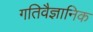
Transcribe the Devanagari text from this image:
गतिवैज्ञानिक